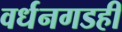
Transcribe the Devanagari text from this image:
वर्धनगडही